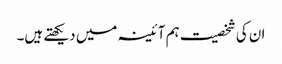
ان کی شخصیت ہم آئینہ میں دیکھتے ہیں۔